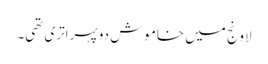
لاونج میں خاموش دوپہر اتری تھی۔